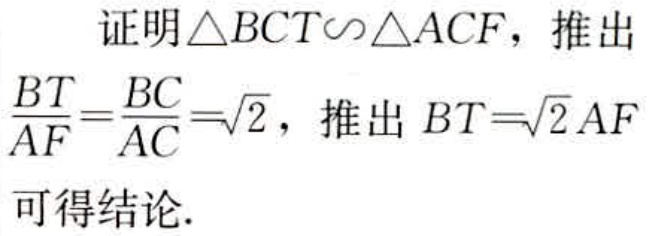
证明$\triangle BCT\backsim\triangle ACF$，推出

$\frac{BT}{AF}=\frac{BC}{AC}=\sqrt{2}$，推出$BT = \sqrt{2}AF$

可得结论.